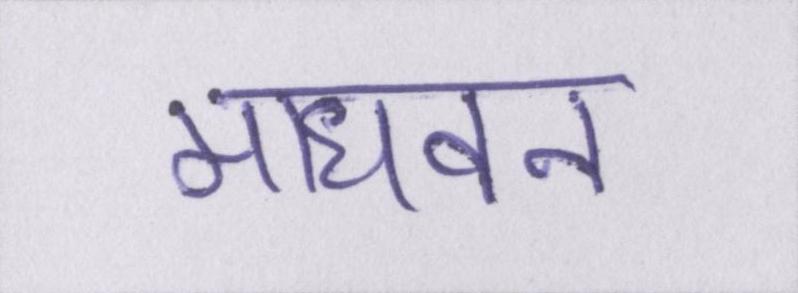
माधवन